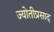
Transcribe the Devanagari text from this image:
ज्योतीप्रसाद